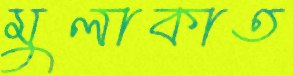
মুলাকাত